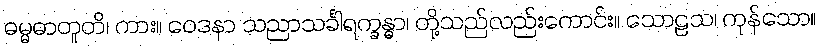
ဓမ္မဓာတူတိ၊ ကား။ ဝေဒနာ သညာသင်္ခါရက္ခန္ဓာ၊ တို့သည်လည်းကောင်း။ သောဠသ၊ ကုန်သော။